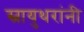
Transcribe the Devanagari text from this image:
स्नायुथरांनी